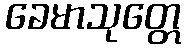
ခေမာသုတ္တေ